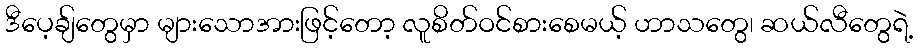
ဒီပေ့ချ်တွေမှာ များသောအားဖြင့်တော့ လူစိတ်ဝင်စားစေမယ့် ဟာသတွေ၊ ဆယ်လီတွေရဲ့